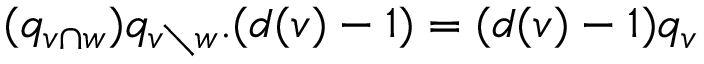
( q _ { v \cap w } ) q _ { v \setminus w } . ( d ( v ) - 1 ) = ( d ( v ) - 1 ) q _ { v }